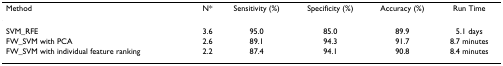
<table><thead><tr><td><b>Method</b></td><td><b>N*</b></td><td><b>Sensitivity (%)</b></td><td><b>Specificity (%)</b></td><td><b>Accuracy (%)</b></td><td><b>Run Time</b></td></tr></thead><tbody><tr><td>SVM_RFE</td><td>3.6</td><td>95.0</td><td>85.0</td><td>89.9</td><td>5.1 days</td></tr><tr><td>FW_SVM with PCA</td><td>2.6</td><td>89.1</td><td>94.3</td><td>91.7</td><td>8.7 minutes</td></tr><tr><td>FW_SVM with individual feature ranking</td><td>2.2</td><td>87.4</td><td>94.1</td><td>90.8</td><td>8.4 minutes</td></tr></tbody></table>